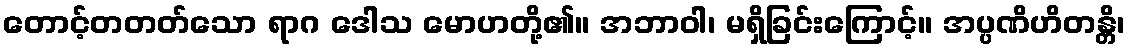
တောင့်တတတ်သော ရာဂ ဒေါသ မောဟတို့၏။ အဘာဝါ၊ မရှိခြင်းကြောင့်။ အပ္ပဏိဟိတန္တိ၊